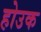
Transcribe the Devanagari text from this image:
होउक